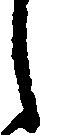
し